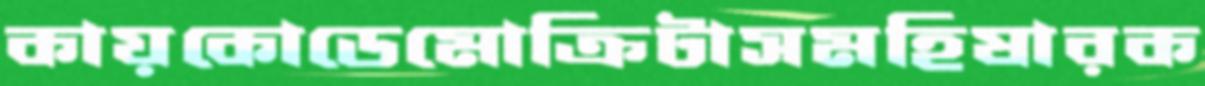
কায়কোডেমোক্রিটাসমহিষারক